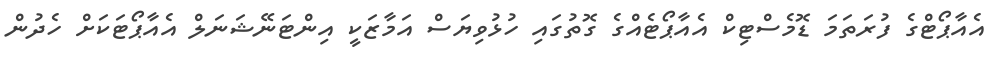
އެއާޕޯޓްގެ ފުރަތަމަ ޑޮމެސްޓިކް އެއާޕޯޓެއްގެ ގޮތުގައި ހުޅުވިޔަސް އަމާޒަކީ އިންޓަނޭޝަނަލް އެއާޕޯޓަކަށް ހެދުން